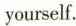
yourself.